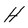
Character: H